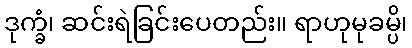
ဒုက္ခံ၊ ဆင်းရဲခြင်းပေတည်း။ ရာဟုမုခမ္ပိ၊